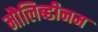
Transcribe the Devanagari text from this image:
मौलिब्डीनम